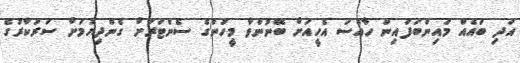
އަދި ބައެއް މައިންބަފައިން ހާއްސަ އެހީއަށް ބޭނުންވާ މީހުންގެ ސެންޓަރަށް ގެންދިޔުމަށް ސަރުކާރުގެ